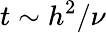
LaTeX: t\sim h^{2}/\nu